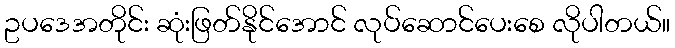
ဥပဒေအတိုင်း ဆုံးဖြတ်နိုင်အောင် လုပ်ဆောင်ပေးစေ လိုပါတယ်။